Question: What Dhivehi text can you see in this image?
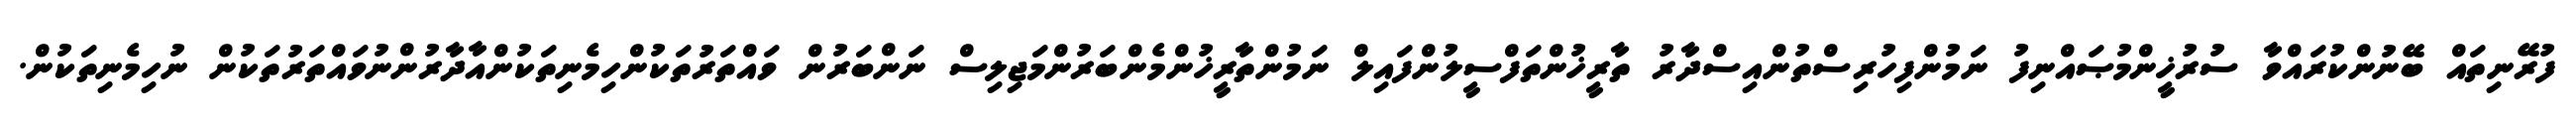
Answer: ފުރޭނިތައް ބޭނުންކުރައްވާ ސުރުޚީންމުޞައްނިފު ނަމުންފިހުރިސްތުންއިސްދާރު ތާރީޚުންތަފްސީލުންފައިލް ނަމުންތާރީޚުންމެންބަރުންމަޖިލިސް ނަންބަރުން ވައްތަރުތަކުންހިމެނިތަކުންއާދާރުންނުވައްތަރުތަކުން ނުހިމެނިތަކުން.